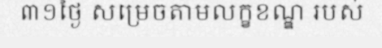
៣១ថ្ងៃ សម្រេចតាមលក្ខខណ្ឌ របស់